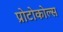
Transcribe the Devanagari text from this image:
प्रोटोकोल्स